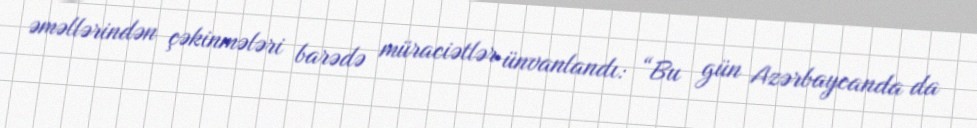
əməllərindən çəkinmələri barədə müraciətlər ünvanlandı: “Bu gün Azərbaycanda da